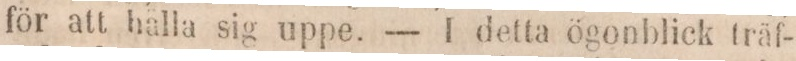
för att hälla sig uppe. — I detta ögonblick träf-